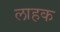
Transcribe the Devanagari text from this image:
लाहक